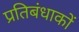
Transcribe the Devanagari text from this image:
प्रतिबंधाकों